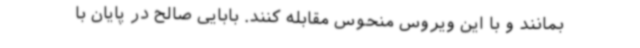
بمانند و با این ویروس منحوس مقابله کنند. بابایی صالح در پایان با